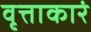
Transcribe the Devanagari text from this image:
वृत्ताकारं